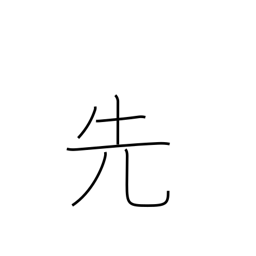
Meaning: previous